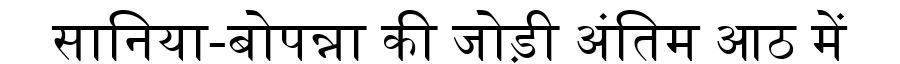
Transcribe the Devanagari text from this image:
सानिया-बोपन्ना की जोड़ी अंतिम आठ में